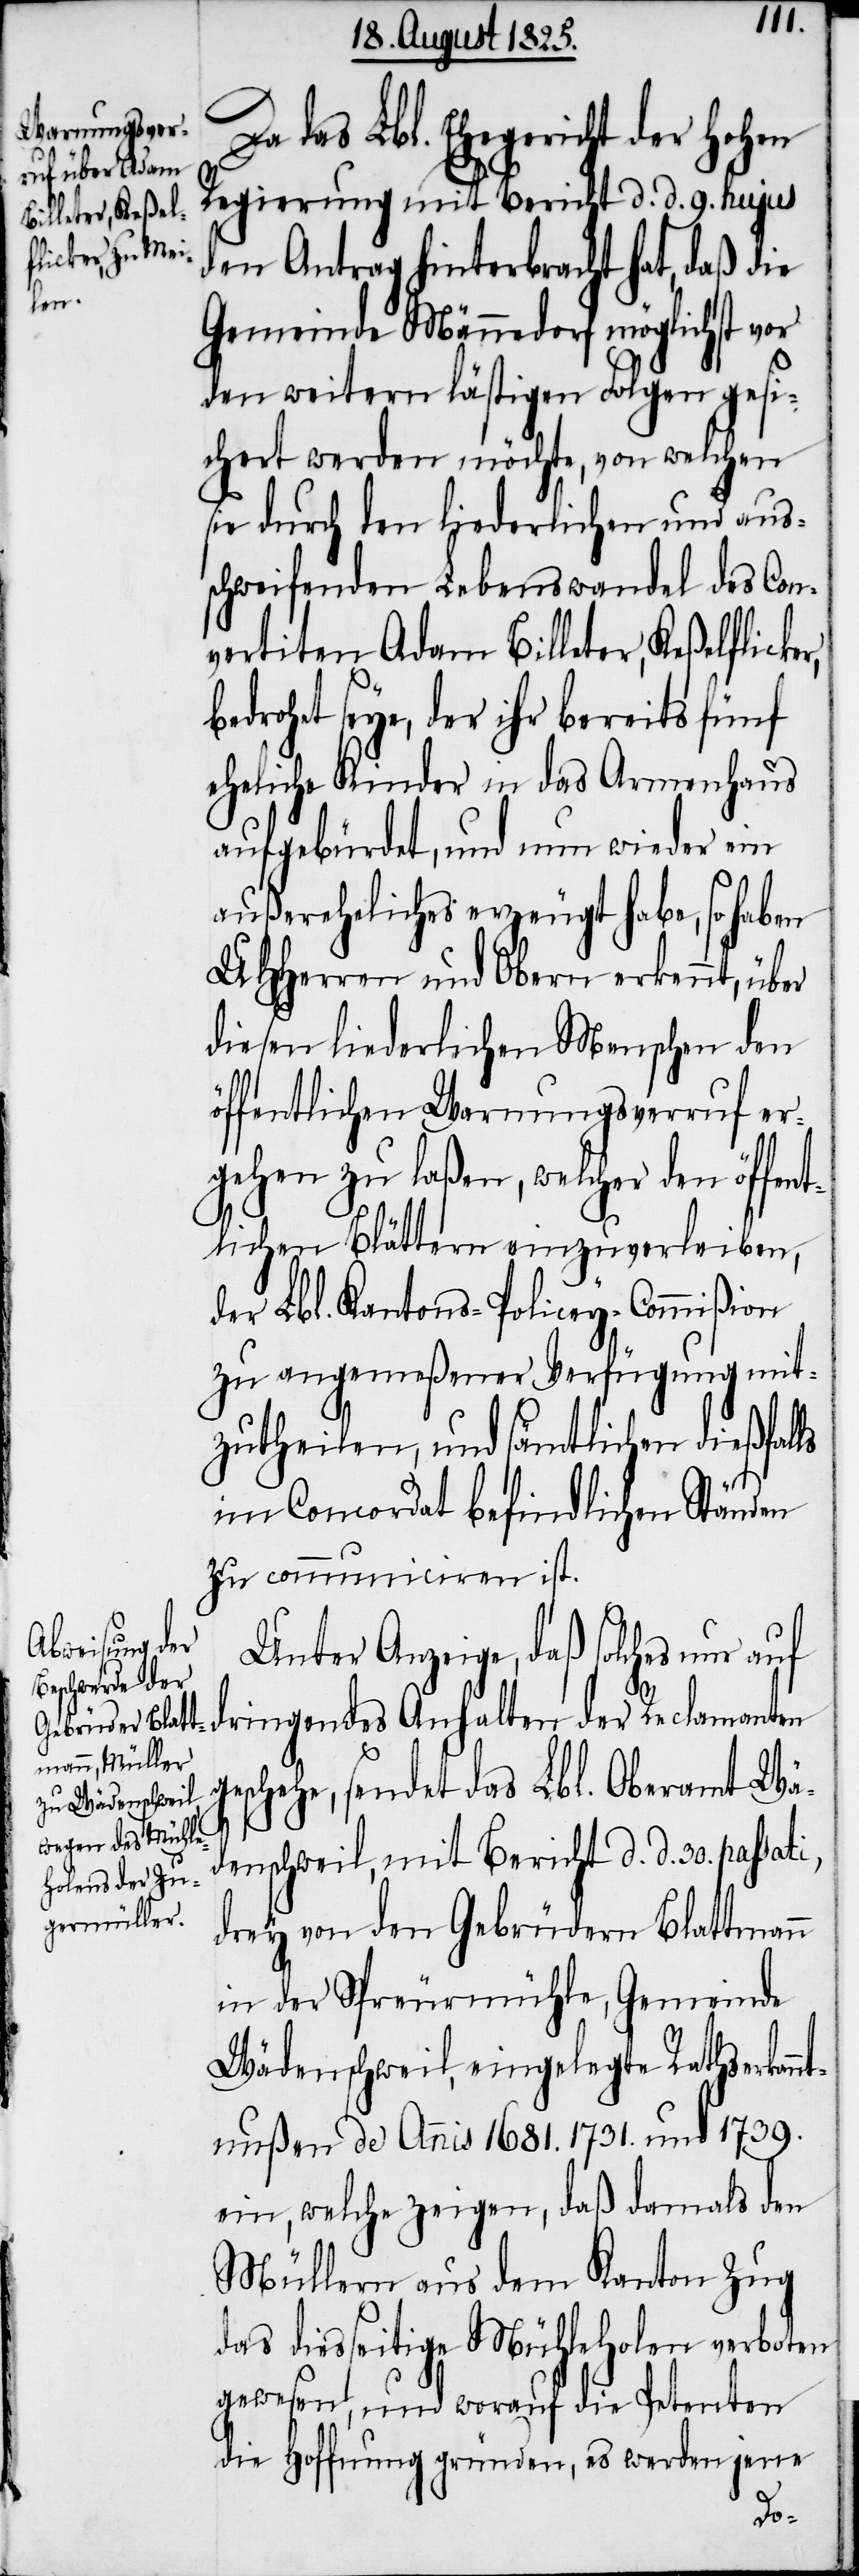
Da das Lbl. Ehegericht der hohen
Regierung mit Bericht d. d. 9. hujus
den Antrag hinterbracht hat, daß die
Gemeinde Männedorf möglichst vor
den weitern lästigen Folgen gesi¬
chert werden möchte, von welchen
sie durch den liederlichen und aus¬
schweifenden Lebenswandel des Con¬
vertiten Adam Billeter, Keßelflicke¬
bedrohet seye, der ihr bereits fünf
eheliche Kinder in das Armenhaus
aufgebürdet, und nun wieder ein
außerheliches erzeugt habe, so haben
UHherren und Obern erkennt, über
diesen liederlichen Menschen den
öffentlichen Warnungsverruf er¬
gehen zu laßen, welcher den öffent¬
lichen Blättern einzuverleiben,
der Lbl. Kantons-Policey-Commißion
zu angemeßener Verfügung mit¬
zutheilen, und sämtlichen dießfalls
im Concordat befindlichen Ständen
zu communiciren ist.
Unter Anzeige, daß solches nur auf
dringendes Anhalten der Reclamanten
eschehe, sendet das Lbl. Oberamt Wä¬
denschweil, mit Bericht d. d. 30. passati,
drey von den Gebrüdern Blattmann
in der Spreurmühle, Gemeinde
Wädenschweil, eingelegte Rathserkan¬
ntnußen de Anis 1681. 1731. und 1739.
ein, welche zeigen, daß damals den
Müllern aus dem Kanton Zug
das diesseitige Mühleholen verboten
gewesen, und worauf die Petenten
die Hoffnung gründen, es werden jene
g¬